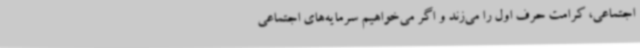
اجتماعی، کرامت حرف اول را می‌زند و اگر می‌خواهیم سرمایه‌های اجتماعی